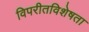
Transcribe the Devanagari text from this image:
विपरीतविशेषता